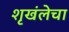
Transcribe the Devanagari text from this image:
शृखंलेचा